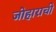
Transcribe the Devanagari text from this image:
जोहाराची